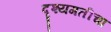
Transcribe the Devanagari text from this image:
दृश्यगतीचा